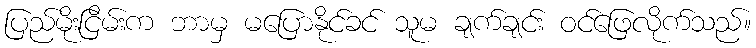
ပြည်မိုးငြိမ်းက ဘာမှ မပြောနိုင်ခင် သူမ ချက်ချင်း ဝင်ဖြေလိုက်သည်။